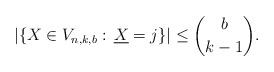
LaTeX: \begin{align*}|\{X\in V_{n,k,b}:\, \underline{X}=j\}|\le\binom{b}{k-1}.\end{align*}